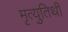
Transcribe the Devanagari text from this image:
मृत्युतिथी